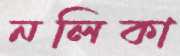
নলিকা